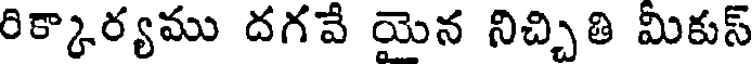
రిక్కార్యము దగవే యెన నిచ్చితి మికుస్